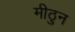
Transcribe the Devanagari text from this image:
मीठुन